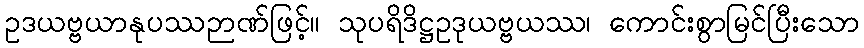
ဥဒယဗ္ဗယာနုပဿဉာဏ်ဖြင့်။ သုပရိဒိဋ္ဌဥဒုယဗ္ဗယဿ၊ ကောင်းစွာမြင်ပြီးသော